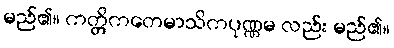
မည်၏။ ကတ္တိကတေမာသိကပုဏ္ဏမ လည်း မည်၏။